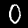
Label: 0